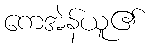
ကေအဲန်ယူ၏